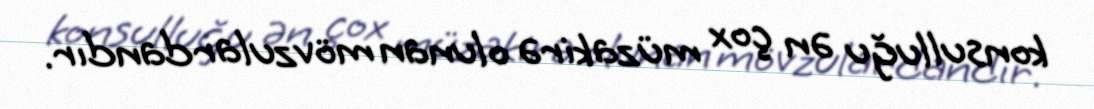
konsulluğu ən çox müzakirə olunan mövzulardandır.